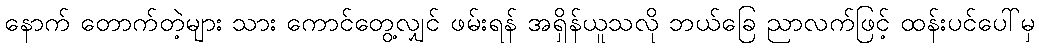
နောက် တောက်တဲ့များ သား ကောင်တွေ့လျှင် ဖမ်းရန် အရှိန်ယူသလို ဘယ်ခြေ ညာလက်ဖြင့် ထန်းပင်ပေါ်မှ